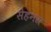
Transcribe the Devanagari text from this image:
सेहनस्र